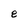
Character: e